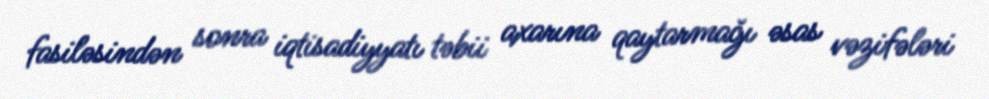
fasiləsindən sonra iqtisadiyyatı təbii axarına qaytarmağı əsas vəzifələri